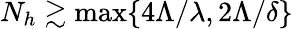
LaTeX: N_{h}\gtrsim\operatorname*{max}\{ 4\Lambda/\lambda,2\Lambda/\delta\}